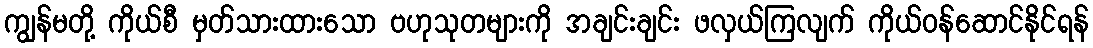
ကျွန်မတို့ ကိုယ်စီ မှတ်သားထားသော ဗဟုသုတများကို အချင်းချင်း ဖလှယ်ကြလျက် ကိုယ်ဝန်ဆောင်နိုင်ရန်